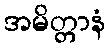
အမိတ္တာနံ